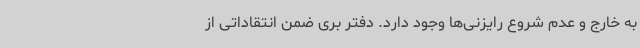
به خارج و عدم شروع رایزنی‌ها وجود دارد. دفتر بری ضمن انتقاداتی از